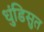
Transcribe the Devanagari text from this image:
धुंडिसुत